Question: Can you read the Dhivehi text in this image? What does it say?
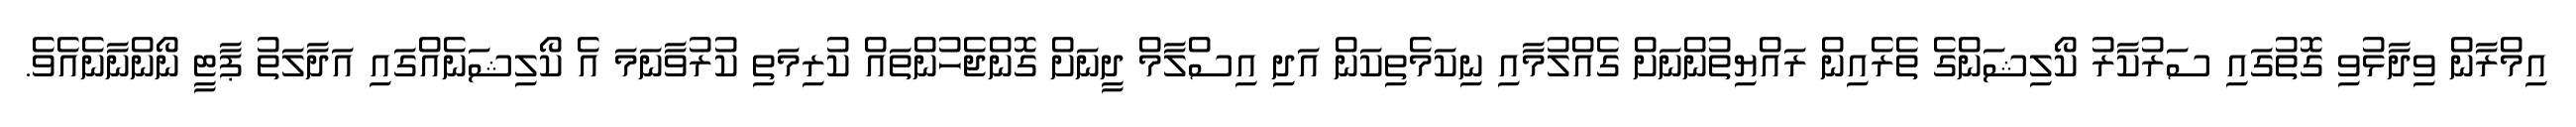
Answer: އިމްރާން ވިދާޅުވި ގޮތުގައި ސަރުކާރު ކޯލިޝަންގެ ތެރެއިން ރައްޔިތުންނަށް ގެއްލުމާއި ނިކަމެތިކަން އަދި އިސްލާމް ދީނަށް ގޮންޖެހުންތައް ކުރިމަތި ކުރުވާނަމަ އެ ކޯލިޝަނެއްގައި އަދާލަތު ޕާޓީ ނޯންނާނެއެވެ.